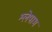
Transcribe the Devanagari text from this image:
श्लेषाभ